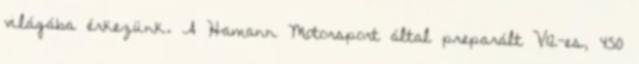
világába érkezünk. A Hamann Motorsport által preparált V12-es, 450